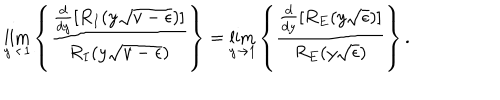
LaTeX: \lim _ { y \rightarrow 1 } \left\{ \frac { \frac { d } { d y } \left[ R _ { I } ( y \sqrt { v - \epsilon } ) \right] } { R _ { I } ( y \sqrt { v - \epsilon } ) } \right\} = \lim _ { y \rightarrow 1 } \left\{ \frac { \frac { d } { d y } \left[ R _ { E } ( y \sqrt { \epsilon } ) \right] } { R _ { E } ( y \sqrt { \epsilon } ) } \right\} .